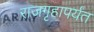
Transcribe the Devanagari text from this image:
राजगृहापर्यंत